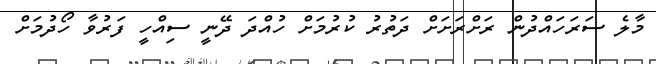
މާލެ ސަރަހައްދުން ރަށްރަަަށަށް ދަތުރު ކުރުމަށް ހުއްދަ ދޭނީ ސިއްހީ ފަރުވާ ހޯދުމަށް